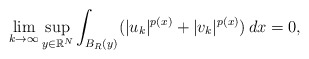
\begin{align*} \lim_{k\to \infty}\sup_{y \in \mathbb{R}^{N}}\int_{B_{R}(y)}(|u_k|^{p(x)}+|v_k|^{p(x)})\,dx=0,\end{align*}